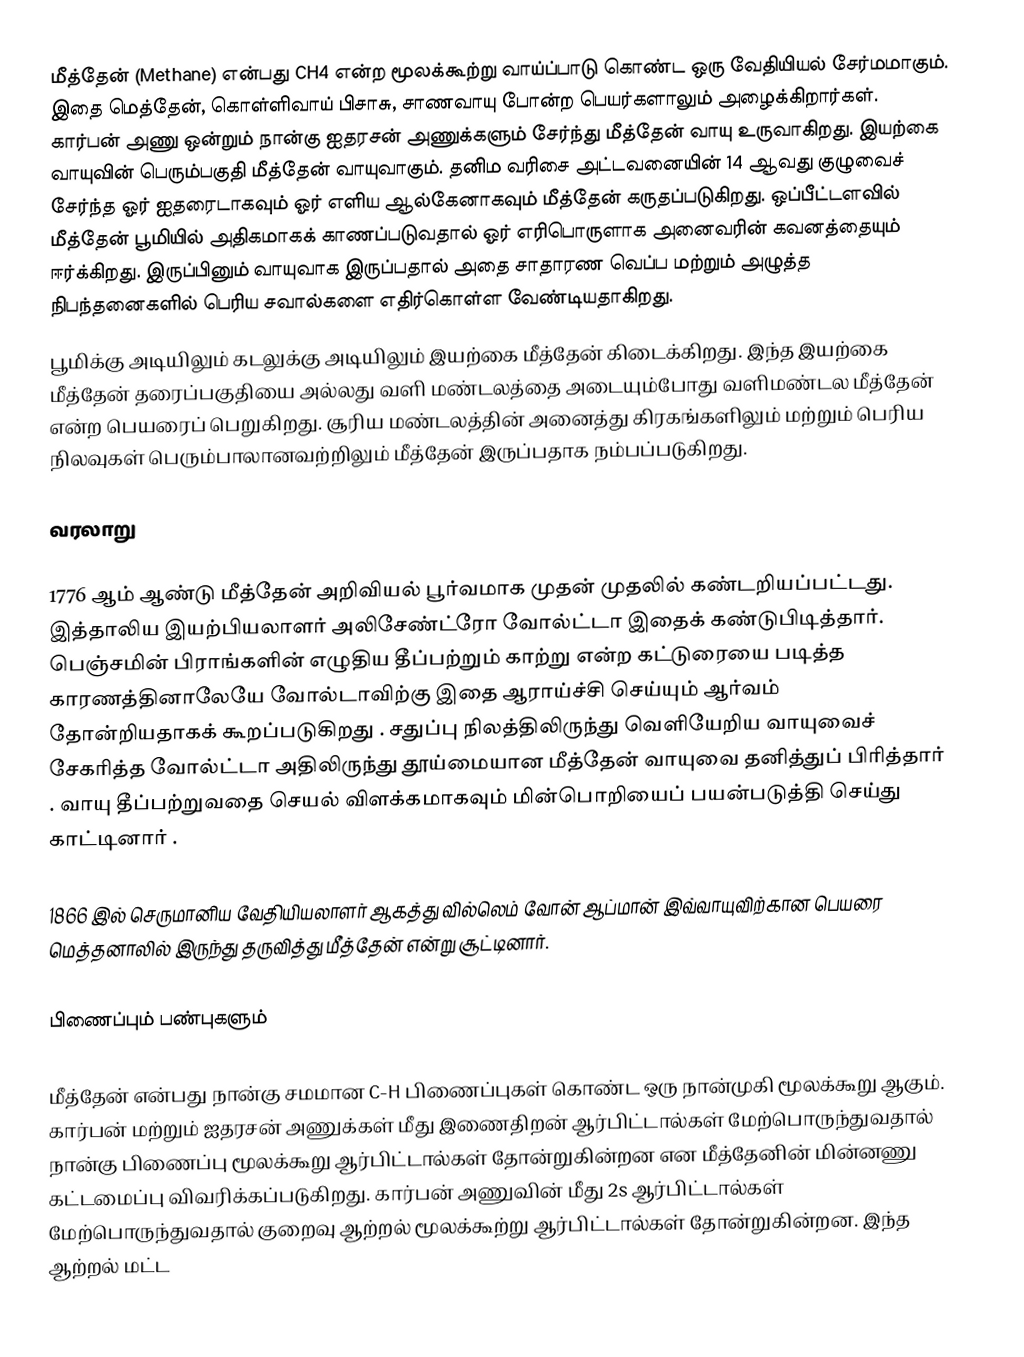
மீத்தேன் (Methane) என்பது  CH4 என்ற மூலக்கூற்று வாய்ப்பாடு கொண்ட ஒரு வேதியியல் சேர்மமாகும். இதை மெத்தேன், கொள்ளிவாய் பிசாசு, சாணவாயு போன்ற பெயர்களாலும் அழைக்கிறார்கள். கார்பன் அணு ஒன்றும் நான்கு ஐதரசன் அணுக்களும் சேர்ந்து மீத்தேன் வாயு உருவாகிறது. இயற்கை வாயுவின் பெரும்பகுதி மீத்தேன் வாயுவாகும். தனிம வரிசை அட்டவனையின் 14 ஆவது குழுவைச் சேர்ந்த ஓர் ஐதரைடாகவும் ஓர் எளிய ஆல்கேனாகவும் மீத்தேன் கருதப்படுகிறது.  ஒப்பீட்டளவில் மீத்தேன் பூமியில் அதிகமாகக் காணப்படுவதால் ஓர் எரிபொருளாக அனைவரின் கவனத்தையும் ஈர்க்கிறது. இருப்பினும் வாயுவாக இருப்பதால் அதை சாதாரண வெப்ப மற்றும் அழுத்த நிபந்தனைகளில் பெரிய சவால்களை எதிர்கொள்ள வேண்டியதாகிறது.
பூமிக்கு அடியிலும் கடலுக்கு அடியிலும் இயற்கை மீத்தேன் கிடைக்கிறது. இந்த இயற்கை மீத்தேன் தரைப்பகுதியை அல்லது வளி மண்டலத்தை அடையும்போது வளிமண்டல மீத்தேன் என்ற பெயரைப் பெறுகிறது. சூரிய மண்டலத்தின் அனைத்து கிரகங்களிலும் மற்றும் பெரிய நிலவுகள் பெரும்பாலானவற்றிலும் மீத்தேன் இருப்பதாக நம்பப்படுகிறது.

வரலாறு

1776 ஆம் ஆண்டு மீத்தேன் அறிவியல் பூர்வமாக முதன் முதலில் கண்டறியப்பட்டது. இத்தாலிய இயற்பியலாளர் அலிசேண்ட்ரோ வோல்ட்டா இதைக் கண்டுபிடித்தார். பெஞ்சமின் பிராங்களின் எழுதிய தீப்பற்றும் காற்று என்ற கட்டுரையை படித்த காரணத்தினாலேயே வோல்டாவிற்கு இதை  ஆராய்ச்சி செய்யும் ஆர்வம் தோன்றியதாகக் கூறப்படுகிறது . சதுப்பு நிலத்திலிருந்து வெளியேறிய வாயுவைச் சேகரித்த வோல்ட்டா அதிலிருந்து தூய்மையான மீத்தேன் வாயுவை தனித்துப் பிரித்தார் . வாயு தீப்பற்றுவதை செயல் விளக்கமாகவும் மின்பொறியைப் பயன்படுத்தி செய்து காட்டினார் .

1866 இல் செருமானிய வேதியியலாளர் ஆகத்து வில்லெம் வோன் ஆப்மான் இவ்வாயுவிற்கான பெயரை மெத்தனாலில் இருந்து தருவித்து மீத்தேன் என்று சூட்டினார்.

பிணைப்பும் பண்புகளும்

மீத்தேன் என்பது நான்கு சமமான C-H பிணைப்புகள் கொண்ட ஒரு நான்முகி மூலக்கூறு ஆகும். கார்பன் மற்றும் ஐதரசன் அணுக்கள் மீது இணைதிறன் ஆர்பிட்டால்கள் மேற்பொருந்துவதால் நான்கு பிணைப்பு மூலக்கூறு ஆர்பிட்டால்கள் தோன்றுகின்றன என மீத்தேனின் மின்னணு கட்டமைப்பு விவரிக்கப்படுகிறது. கார்பன் அணுவின் மீது 2s ஆர்பிட்டால்கள் மேற்பொருந்துவதால் குறைவு ஆற்றல் மூலக்கூற்று ஆர்பிட்டால்கள் தோன்றுகின்றன. இந்த ஆற்றல் மட்ட